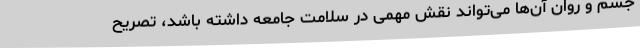
جسم و روان آن‌ها می‌تواند نقش مهمی در سلامت جامعه داشته باشد، تصریح